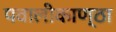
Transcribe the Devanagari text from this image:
पवालीकाण्ठा